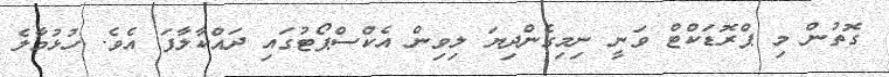
ގޮތުން މި ޕްރޮޑަކްޓް ވަނީ ނިމިގެންދިޔަ ލިވިން އެކްސްޕޯޓުގައި ދައްކާލާފަ އެވެ. ހުޅުމާލެ